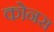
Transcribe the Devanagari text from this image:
कोनस